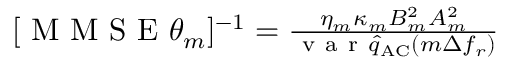
\begin{array} { r } { [ \mathrm { ~ M ~ M ~ S ~ E ~ } \theta _ { m } ] ^ { - 1 } = \frac { \eta _ { m } \kappa _ { m } B _ { m } ^ { 2 } A _ { m } ^ { 2 } } { \mathrm { ~ v ~ a ~ r ~ } \hat { q } _ { \mathrm { A C } } ( m \Delta f _ { r } ) } } \end{array}